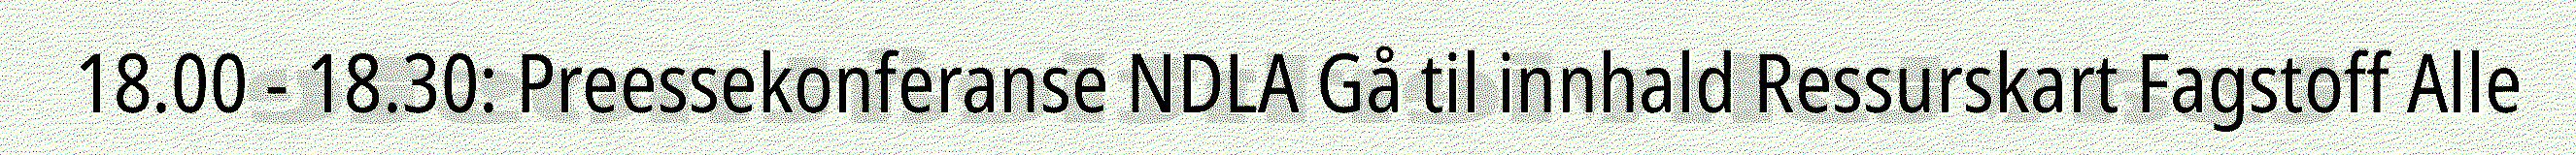
18.00 - 18.30: Preessekonferanse NDLA Gå til innhald Ressurskart Fagstoff Alle